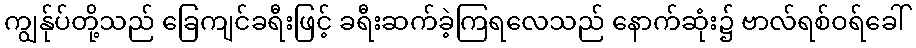
ကျွန်ုပ်တို့သည် ခြေကျင်ခရီးဖြင့် ခရီးဆက်ခဲ့ကြရလေသည် နောက်ဆုံး၌ ဗာလ်ရစ်ဝရ်ခေါ်